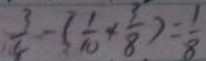
\frac { 3 } { 8 } - ( \frac { 1 } { 1 0 } + \frac { 3 } { 8 } ) = \frac { 1 } { 8 }